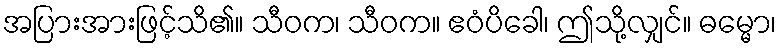
အပြားအားဖြင့်သိ၏။ သီဝက၊ သီဝက။ ဧဝံပိခေါ၊ ဤသို့လျှင်။ ဓမ္မော၊